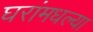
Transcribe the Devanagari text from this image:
घरांमधल्या